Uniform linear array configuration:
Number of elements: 4
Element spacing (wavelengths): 0.5
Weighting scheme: kaiser
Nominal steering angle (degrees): -60
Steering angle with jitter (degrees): -61.831
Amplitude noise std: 0.05
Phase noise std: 0.05

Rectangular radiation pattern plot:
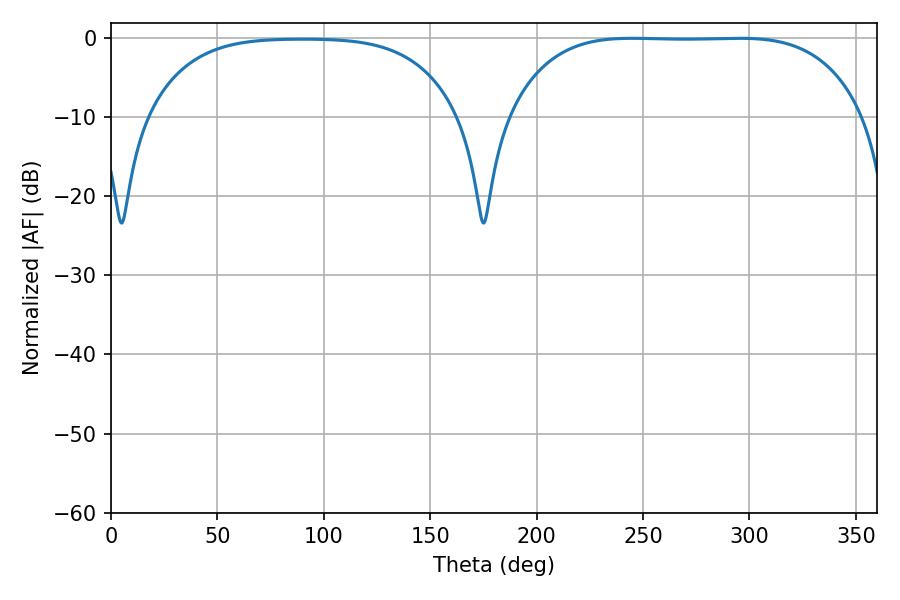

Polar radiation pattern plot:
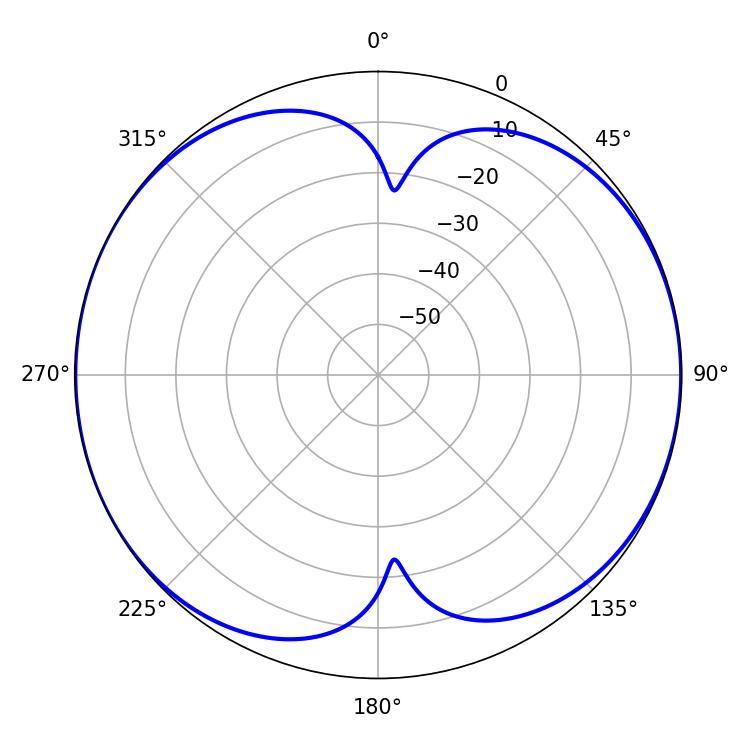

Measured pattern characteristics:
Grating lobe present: FALSE
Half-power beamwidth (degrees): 128.52
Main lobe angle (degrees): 244.98